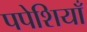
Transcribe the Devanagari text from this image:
पपेशियाँ